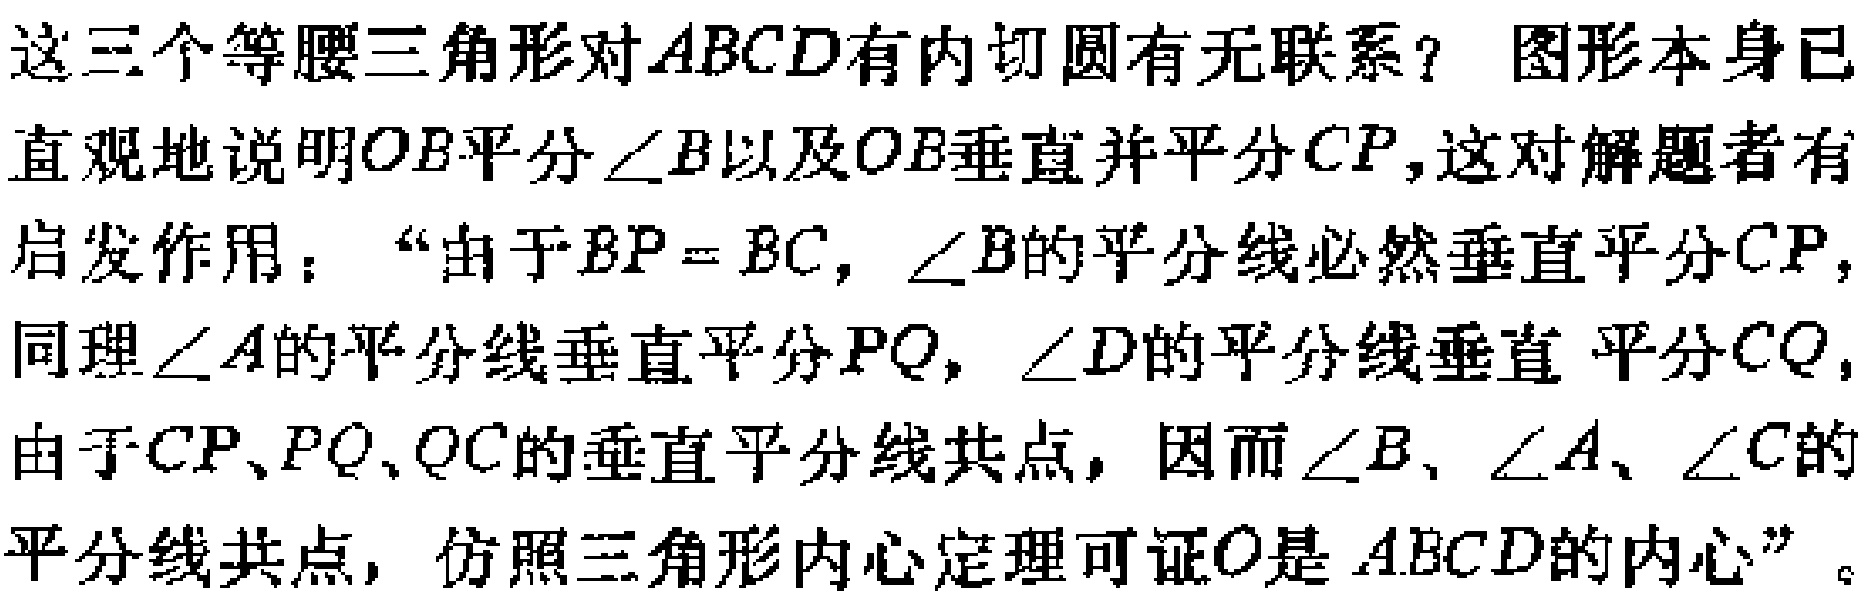
这三个等腰三角形对\(ABCD\)有内切圆有无联系？ 图形本身已
直观地说明\(OB\)平分\(\angle B\)以及\(OB\)垂直并平分\(CP\)，这对解题者有
启发作用：“由于\(BP = BC\)，\(\angle B\)的平分线必然垂直平分\(CP\)，
同理\(\angle A\)的平分线垂直平分\(PQ\)，\(\angle D\)的平分线垂直 平分\(CQ\)，
由于\(CP、PQ、QC\)的垂直平分线共点，因而\(\angle B、\angle A、\angle C\)的
平分线共点，仿照三角形内心定理可证\(O\)是 \(ABCD\)的内心”。